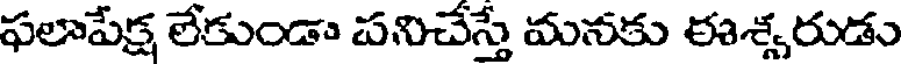
ఫలాపేక్ష లేకుండా పనిచేస్తే మనకు ఈశ్వరుడు